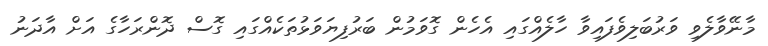
މާނޭވާލެވި ވަރުބަލިވެފައިވާ ހާލެއްގައި އެހެން ގޮވަމުން ބަރުފިޔަވަޅުތަކެއްގައި ގޮސް ދޮންރަހާގެ އަށް އާދަނު